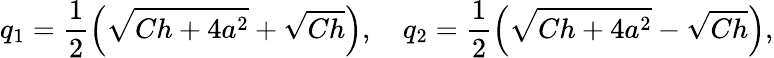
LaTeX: q_{1}=\frac{1}{2}\left(\sqrt{Ch+4a^{2}}+\sqrt{Ch}\right),\quad q_{2}=\frac{1}{2}\left(\sqrt{Ch+4a^{2}}-\sqrt{Ch}\right),